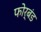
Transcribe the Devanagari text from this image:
फोर्बंड